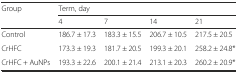
| <ROWSPAN=2> Group | <COLSPAN=4> Term, day |
 | 4 | 7 | 14 | 21 |
 | --- | --- | --- | --- | --- |
 | Control | 186.7 ± 17.3 | 183.3 ± 15.5 | 206.7 ± 10.5 | 217.5 ± 20.5 |
 | CrHFC | 173.3 ± 19.3 | 181.7 ± 20.5 | 199.3 ± 20.1 | 258.2 ± 24.8* |
 | CrHFC + AuNPs | 193.3 ± 22.6 | 200.1 ± 21.4 | 213.1 ± 20.3 | 260.2 ± 20.9* |